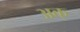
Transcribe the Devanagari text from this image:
अक्